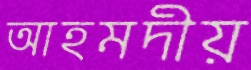
আহমদীয়